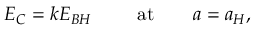
E _ { C } = k E _ { B H } \ \ \ \ \ \ \ \mathrm { a t } \ \ \ \ \ \ a = a _ { H } ,